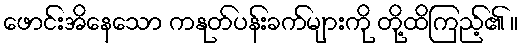
ဖောင်းအိနေသော ကနုတ်ပန်းခက်များကို တို့ထိကြည့်၏ ။